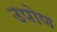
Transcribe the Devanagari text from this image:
उपोण